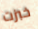
خبزت